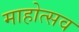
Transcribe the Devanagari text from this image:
माहोत्सव